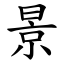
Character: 景